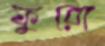
ফুরো